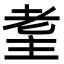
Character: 𦒼